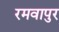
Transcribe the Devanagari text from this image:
रमवापुर